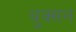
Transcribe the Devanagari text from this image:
बुक्सन